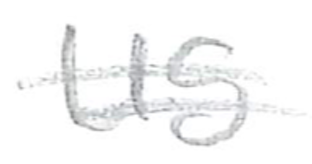
Text: US
Cross-out: double-line
Writing tool: pencil